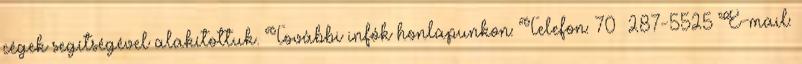
cégek segítségével alakítottuk. További infók honlapunkon: Telefon: 70 287-5525 E-mail: